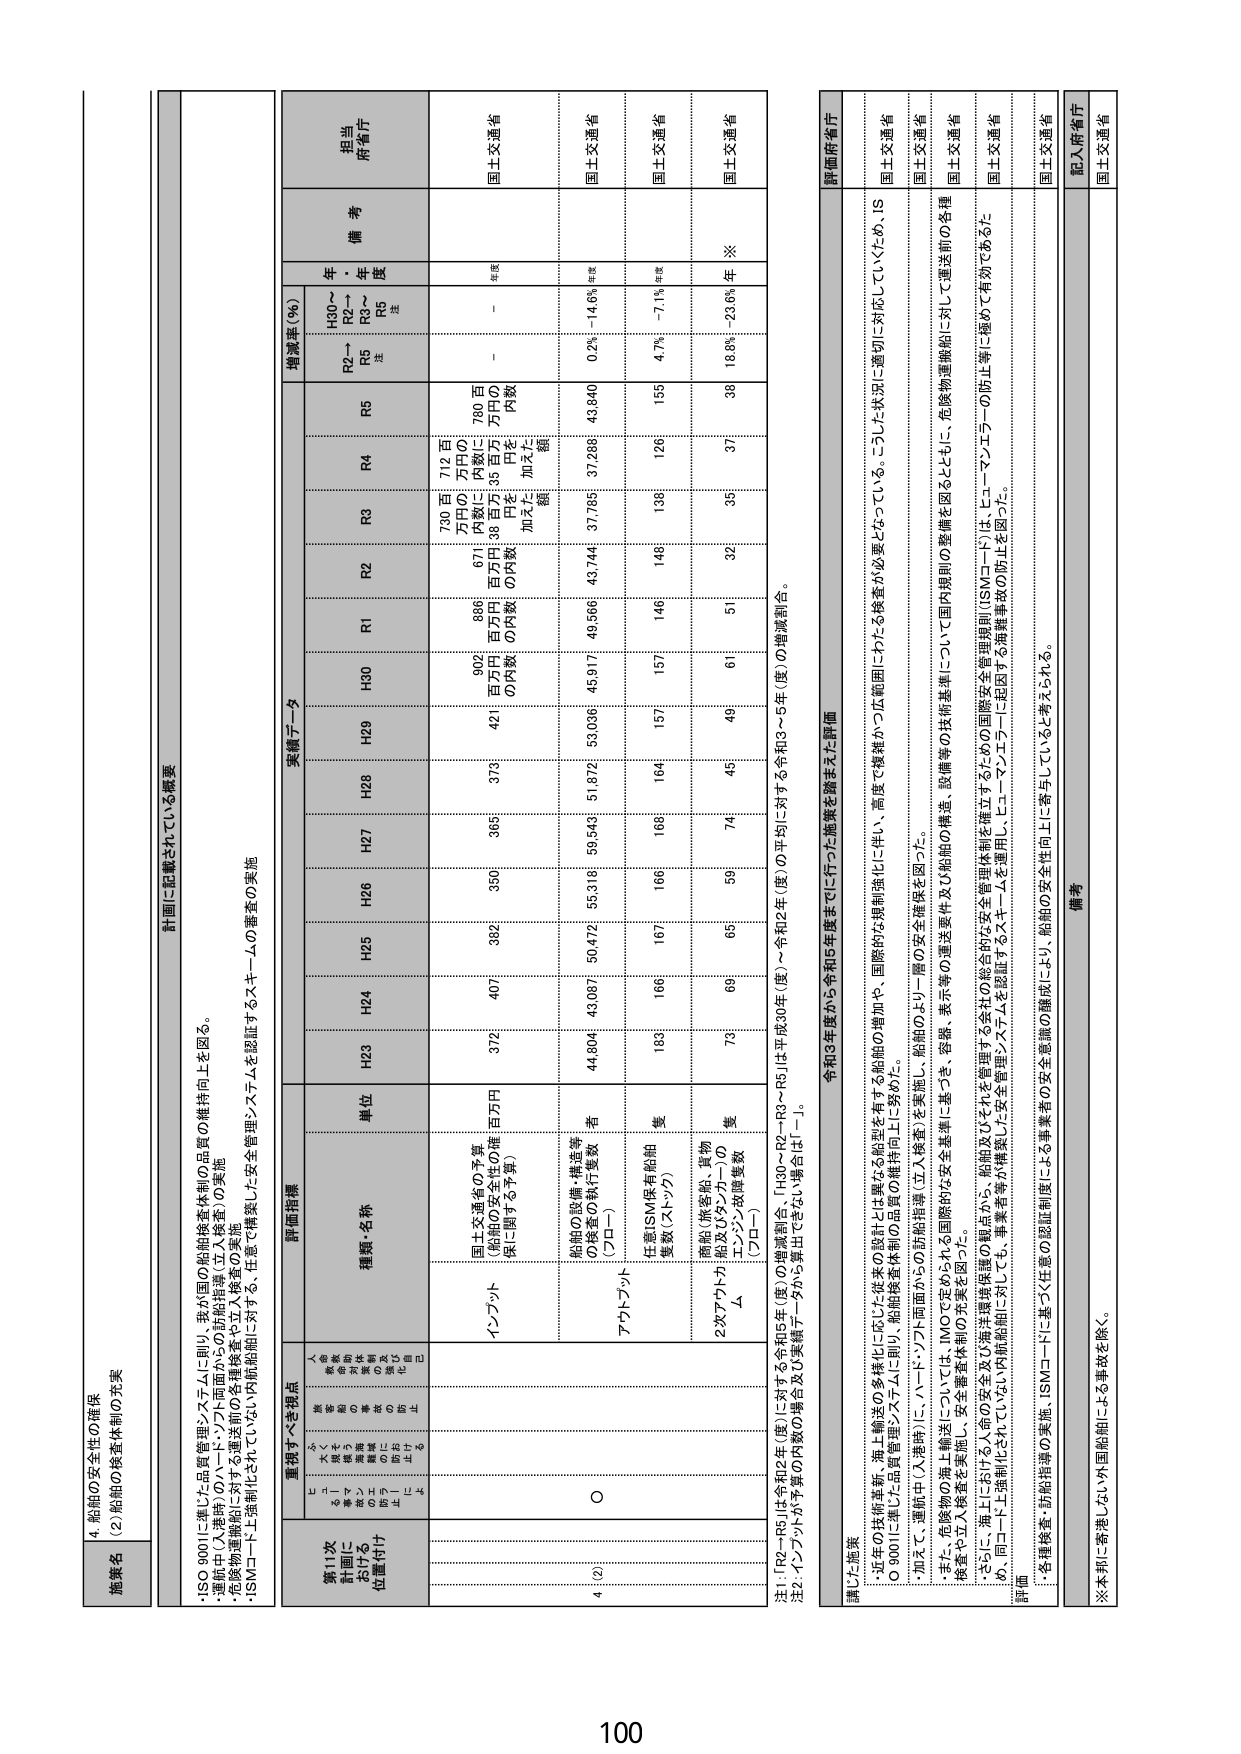
4. 船舶の安全性の確保
(2) 船舶の検査体制の充実

施策名

計画に記載されている概要
・ISO 9001に準じた品質管理システムに則り、我が国の船舶検査体制の品質の維持向上を図る。
・運航中（入港時）のハーバーフリート面から50船舶指揮（7人検査）の実施
・危険物運搬船に対する2週送航の各種検査や立入検査の実施
・ISMコード上強制化されていない内航船舶に対し、任意で構築した安全管理システムを認証するスキームの審査の実施

重視すべき視点
第11次
計画に
おける
位置付け
人命・財産・環境・安全・健康・労働・技術・品質・国際性・国際協力・国際貢献・国際的責任

詳細指標
種類・名称
単位
実績データ
増減率（％）
備考
担当府省庁

H23
H24
H25
H26
H27
H28
H29
H30
R1
R2
R3
R4
R5
H30～R2～R5年
H30～R2～R5年
年次

4
(2)
○
インプット
国土交通省の予算（船舶の安全性の確保百万円に係る関与予算）
730百万円（内数）
671百万円（内数）
902百万円（内数）
896百万円（内数）
719百万円（内数）
700百万円（内数）
－
年次
国土交通省

アウトプット
船舶の設備・構造等の検査の執行件数（プロー）
44,904
43,097
50,472
55,316
59,543
51,872
53,036
45,917
49,566
43,744
37,785
37,286
43,840
0.2%
－14.6%
年次
国土交通省

任章ISM規格船舶の隻数（ストック）
183
166
167
166
168
164
157
157
146
148
138
126
155
4.7%
－7.1%
年次
国土交通省

2次アウトプット
Δ
船舶（旅客船、貨物船及びクルーザー）のエンジン故障事故隻数（プロー）
73
60
65
59
74
45
40
61
51
32
35
37
38
18.9%
－23.6%
年次
国土交通省

注1：「R2～R5」は令和2年（度）に対する令和5年（度）の増減割合、「H30～R2～R3～R5」は平成30年（度）～令和2年（度）の平均に対する令和3～5年（度）の増減割合。
注2：インプットが予算の内数の場合はΔ（実績データから算出できるよい場合は「－」）。

講じた施策
令和3年度から令和5年度までに行った施策を踏まえた評価
・近年の技術革新、海上輸送の多様化に応じた検査の強化を有する船舶の増加や、国際的な規制強化に伴い、高度で複雑かつ広範囲にわたる検査が必要となっている。こうした状況に対応していくため、IS O 9001に準じた品質管理システムに則り、船舶検査体制の品質（立入検査）を実施した。
・加えて、運航中（入港時）については、ソノフリート面から50船舶指揮（7人検査）を実施し、船舶のより一層の安全確保を図った。
・また、危険物の海上輸送については、IMOで求められる国際的な安全基準に基づき、容器・表示等の運送要件及び船舶の構造、設備等の技術基準について国内規則の整備を図るとともに、危険物運搬船に対して運送者の各種検査や立入検査を実施し、安全基準体制の充実を図った。
・さらに、海上においても、命の安全及び海洋環境保護の観点から、船舶及びそれを管理する会社の総合的な安全管理体制を確立するための国際安全管理規則（ISMコード）は、ヒューマンエラーの防止等に極めて有効であるため、同コード上強制化されていない内航船舶に対しても、事業者等が構築した安全管理システムを認証するスキームを運用し、ヒューマンエラーに起因する乗務員事故の防止を図った。

評価
・各種検査・船舶指揮の実施、ISMコードに基づく任意の認証制度による事業者の安全意識の醸成により、船舶の安全性向上に寄与していると考えられる。

備考
記入府省庁
国土交通省

※本邦に寄港しない外国船舶による事故を除く。
国土交通省

100